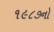
૧૯૮૭નો